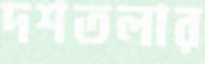
দশতলার